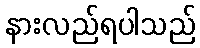
နားလည်ရပါသည်